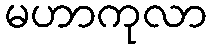
မဟာကုလာ